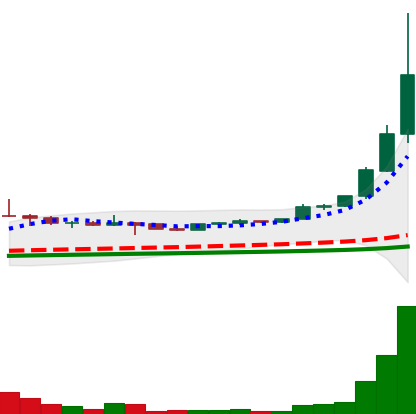
Ticker: ETC-USD
Chart end date: 2021-05-06
Forward return: -17.122%
Label: down_7plus